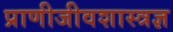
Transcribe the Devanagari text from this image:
प्राणीजीवशास्त्रज्ञ